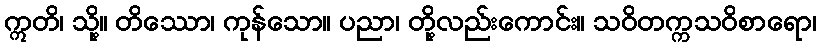
ဣတိ၊ သို့။ တိဿော၊ ကုန်သော။ ပညာ၊ တို့လည်းကောင်း။ သဝိတက္ကသဝိစာရော၊